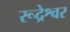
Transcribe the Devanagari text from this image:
रूद्रेश्वर